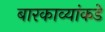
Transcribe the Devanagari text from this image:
बारकाव्यांकडे